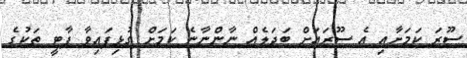
ސޫރަ ކަމަށާއި އެ ސޫރައަށް ބަދަލެއް ނާންނާނެ ކަމަށް ގުޅިފައިވާ ޕާޓީ ތަކުގެ